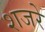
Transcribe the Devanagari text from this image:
शजरे